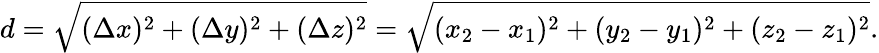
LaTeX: d={\sqrt{(\Delta x)^{2}+(\Delta y)^{2}+(\Delta z)^{2}}}={\sqrt{(x_{2}-x_{1})^{2}+(y_{2}-y_{1})^{2}+(z_{2}-z_{1})^{2}}}.